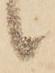
候